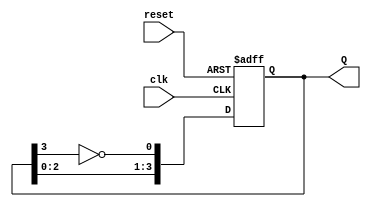
module johnson_counter (
    input wire clk,        // Clock input
    input wire reset,      // Asynchronous reset
    output reg [3:0] Q     // 4-bit output
);

// Always block triggered on the rising edge of the clock or the reset signal
always @(posedge clk or posedge reset) begin
    if (reset) begin
        Q <= 4'b0000;     // Reset the counter to 0000
    end else begin
        // Johnson counter logic
        Q[0] <= ~Q[3];    // D0 = ~Q3
        Q[1] <= Q[0];      // D1 = Q0
        Q[2] <= Q[1];      // D2 = Q1
        Q[3] <= Q[2];      // D3 = Q2
    end
end

endmodule